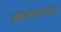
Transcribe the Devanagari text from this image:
बंदकालानंतर